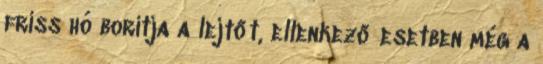
friss hó borítja a lejtőt, ellenkező esetben még a